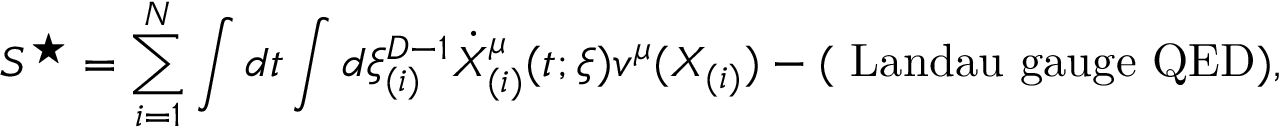
S ^ { \star } = \sum _ { i = 1 } ^ { N } \int d t \int d \xi _ { ( i ) } ^ { D - 1 } \dot { X } _ { ( i ) } ^ { \mu } ( t ; \xi ) v ^ { \mu } ( X _ { ( i ) } ) - ( \mathrm { ~ L a n d a u ~ g a u g e ~ Q E D } ) ,